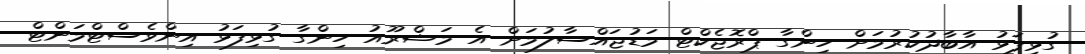
ގުޅިފަޅު އާބާދުކުރުމަށް ހިންގާ ޕްރޮޖެކްޓް މަޑުޖައްސާލުމަށް އެ މަޝްރޫއު ހިންގާ ގުޅިފަޅު އިންވެސްޓްމަންޓް